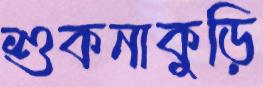
শুকনাকুড়ি